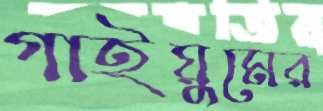
গাইয়ুমের